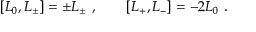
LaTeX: [ L _ { 0 } , L _ { \pm } ] = \pm L _ { \pm } \ , \qquad [ L _ { + } , L _ { - } ] = - 2 L _ { 0 } \ .